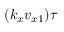
( k _ { x } v _ { x 1 } ) \tau